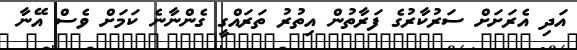
އަދި އެރަށަށް ސަރުކާރުގެ ފަރާތުން އިތުރު ތަރައްގީ ގެންނާނެ ކަމަށް ވެސް އޭނާ